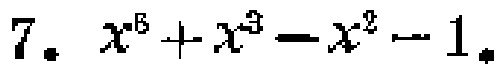
$7.\ x^{6}+x^{3}-x^{2}-1.$